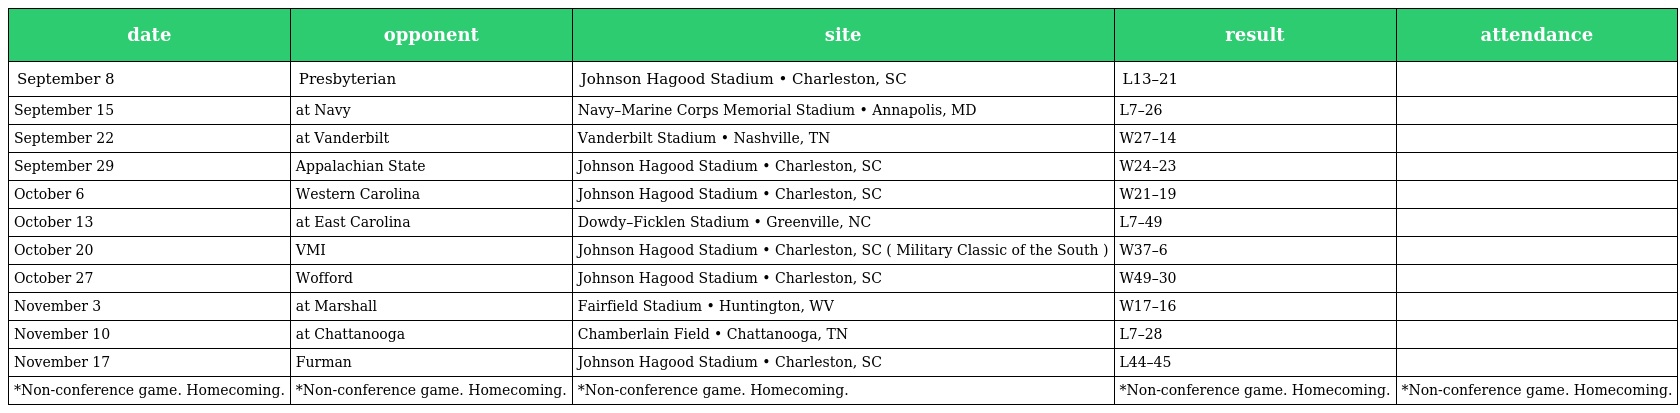
| date | opponent | site | result | attendance |
 | --- | --- | --- | --- | --- |
 | September 8 | Presbyterian | Johnson Hagood Stadium • Charleston, SC | L13–21 |  |
 | September 15 | at Navy | Navy–Marine Corps Memorial Stadium • Annapolis, MD | L7–26 |  |
 | September 22 | at Vanderbilt | Vanderbilt Stadium • Nashville, TN | W27–14 |  |
 | September 29 | Appalachian State | Johnson Hagood Stadium • Charleston, SC | W24–23 |  |
 | October 6 | Western Carolina | Johnson Hagood Stadium • Charleston, SC | W21–19 |  |
 | October 13 | at East Carolina | Dowdy–Ficklen Stadium • Greenville, NC | L7–49 |  |
 | October 20 | VMI | Johnson Hagood Stadium • Charleston, SC ( Military Classic of the South ) | W37–6 |  |
 | October 27 | Wofford | Johnson Hagood Stadium • Charleston, SC | W49–30 |  |
 | November 3 | at Marshall | Fairfield Stadium • Huntington, WV | W17–16 |  |
 | November 10 | at Chattanooga | Chamberlain Field • Chattanooga, TN | L7–28 |  |
 | November 17 | Furman | Johnson Hagood Stadium • Charleston, SC | L44–45 |  |
 | *Non-conference game. Homecoming. | *Non-conference game. Homecoming. | *Non-conference game. Homecoming. | *Non-conference game. Homecoming. | *Non-conference game. Homecoming. |